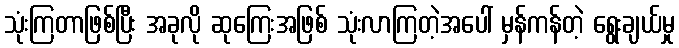
သုံးကြတာဖြစ်ပြီး အခုလို ဆုကြေးအဖြစ် သုံးလာကြတဲ့အပေါ် မှန်ကန်တဲ့ ရွေးချယ်မှု